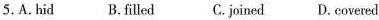
5.A.hid B.filled C. joined D, covered